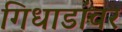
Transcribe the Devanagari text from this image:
गिधाडांवर